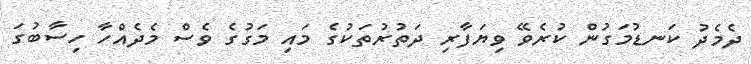
ދެމެދު ކަނޑުމަގުން ކުރެވޭ ވިޔަފާރި ދަތުރުތަކުގެ މައި މަގުގެ ވެސް މެދެއްހާ ހިސާބުގަ